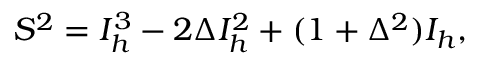
S ^ { 2 } = I _ { h } ^ { 3 } - 2 \Delta I _ { h } ^ { 2 } + ( 1 + \Delta ^ { 2 } ) I _ { h } ,